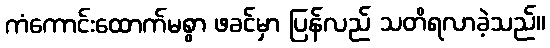
ကံကောင်းထောက်မစွာ ဖခင်မှာ ပြန်လည် သတိရလာခဲ့သည်။